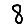
Digit: 8